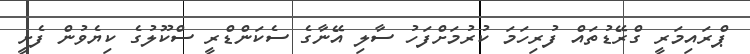
ޕްރައިމަރީ ގްރޭޑުތައް ފުރިހަމަ ކުރުމަށްފަހު ސާލި އޭނާގެ ސެކަންޑްރީ ސްކޫލުގެ ކިޔެވުން ފެށީ